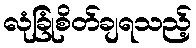
လုံခြုံစိတ်ချရသည့်